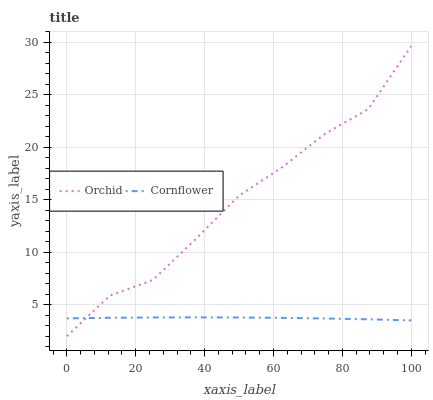
| xaxis_label | Orchid | Cornflower |
 | --- | --- | --- |
 | 0 | 2 | 3.7 |
 | 12.5 | 5.87 | 3.76 |
 | 25 | 7.36 | 3.79 |
 | 37.5 | 11.3 | 3.8 |
 | 50 | 15.4 | 3.79 |
 | 62.5 | 18.1 | 3.75 |
 | 75 | 21.3 | 3.69 |
 | 87.5 | 23.6 | 3.61 |
 | 100 | 29.6 | 3.51 |